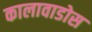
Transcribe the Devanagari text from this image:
कालावाडोस